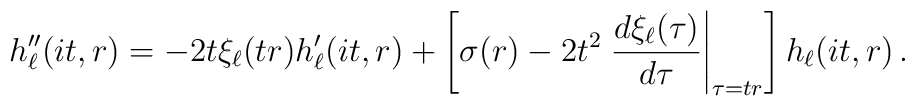
h_\ell''(it,r) = - 2 t \xi_\ell(tr) h_\ell'(it,r)+\left[ \sigma(r) - 2 t^2 \left.\frac{d\xi_\ell(\tau)}{d\tau}\right|_{\tau = t r}\right] h_\ell(it,r) \,.